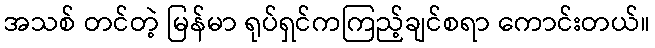
အသစ် တင်တဲ့ မြန်မာ ရုပ်ရှင်ကကြည့်ချင်စရာ ကောင်းတယ်။